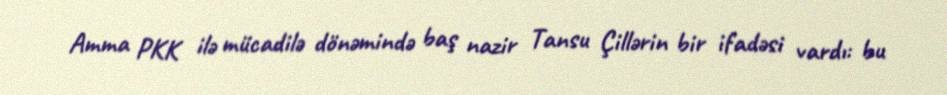
Amma PKK ilə mücadilə dönəmində baş nazir Tansu Çillərin bir ifadəsi vardı: bu